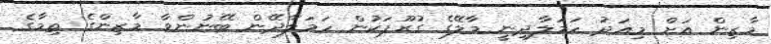
މާޒިން އަށް މިއަދު ހަމަލާދިނީ މާލޭގެ ގުރޫޕަކުން ހަމަލާދޭން ބޭނުންވާ މާޒިންގެ ތިމާގެ